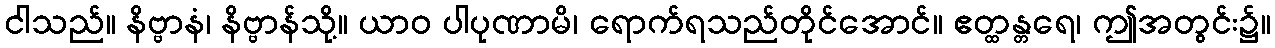
ငါသည်။ နိဗ္ဗာနံ၊ နိဗ္ဗာန်သို့။ ယာဝ ပါပုဏာမိ၊ ရောက်ရသည်တိုင်အောင်။ ဧတ္ထန္တရေ၊ ဤအတွင်း၌။